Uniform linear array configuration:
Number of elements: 48
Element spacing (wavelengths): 0.5
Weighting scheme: cosine
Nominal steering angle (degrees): -60
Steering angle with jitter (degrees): -58.638
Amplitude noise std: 0.05
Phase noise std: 0.05

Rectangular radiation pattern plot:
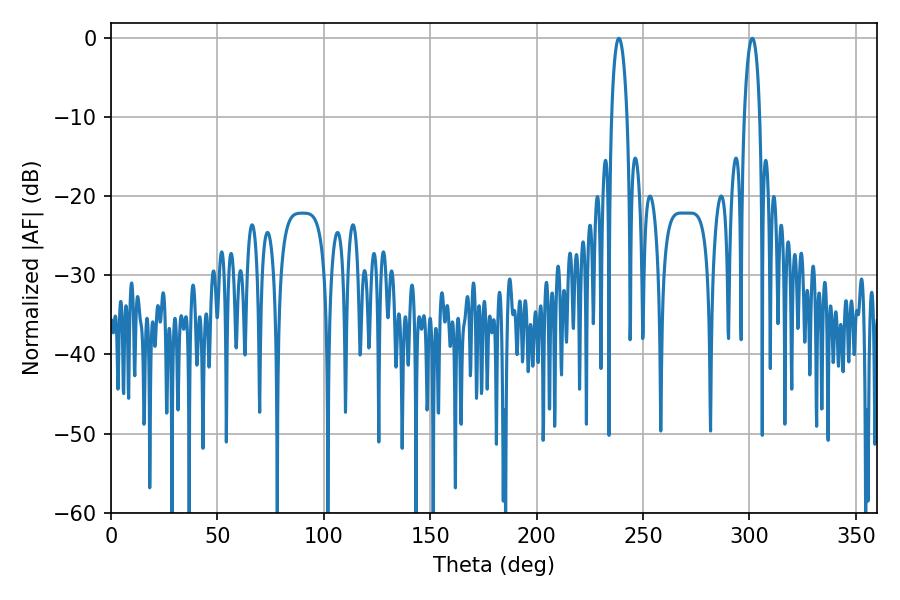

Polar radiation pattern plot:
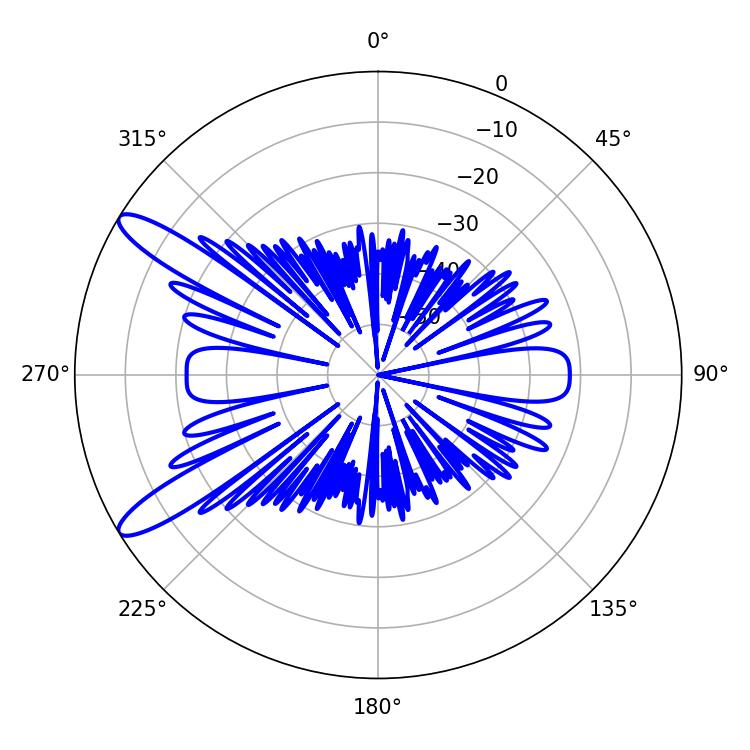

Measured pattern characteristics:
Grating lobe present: FALSE
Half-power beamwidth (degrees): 4.14
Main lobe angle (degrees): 301.32